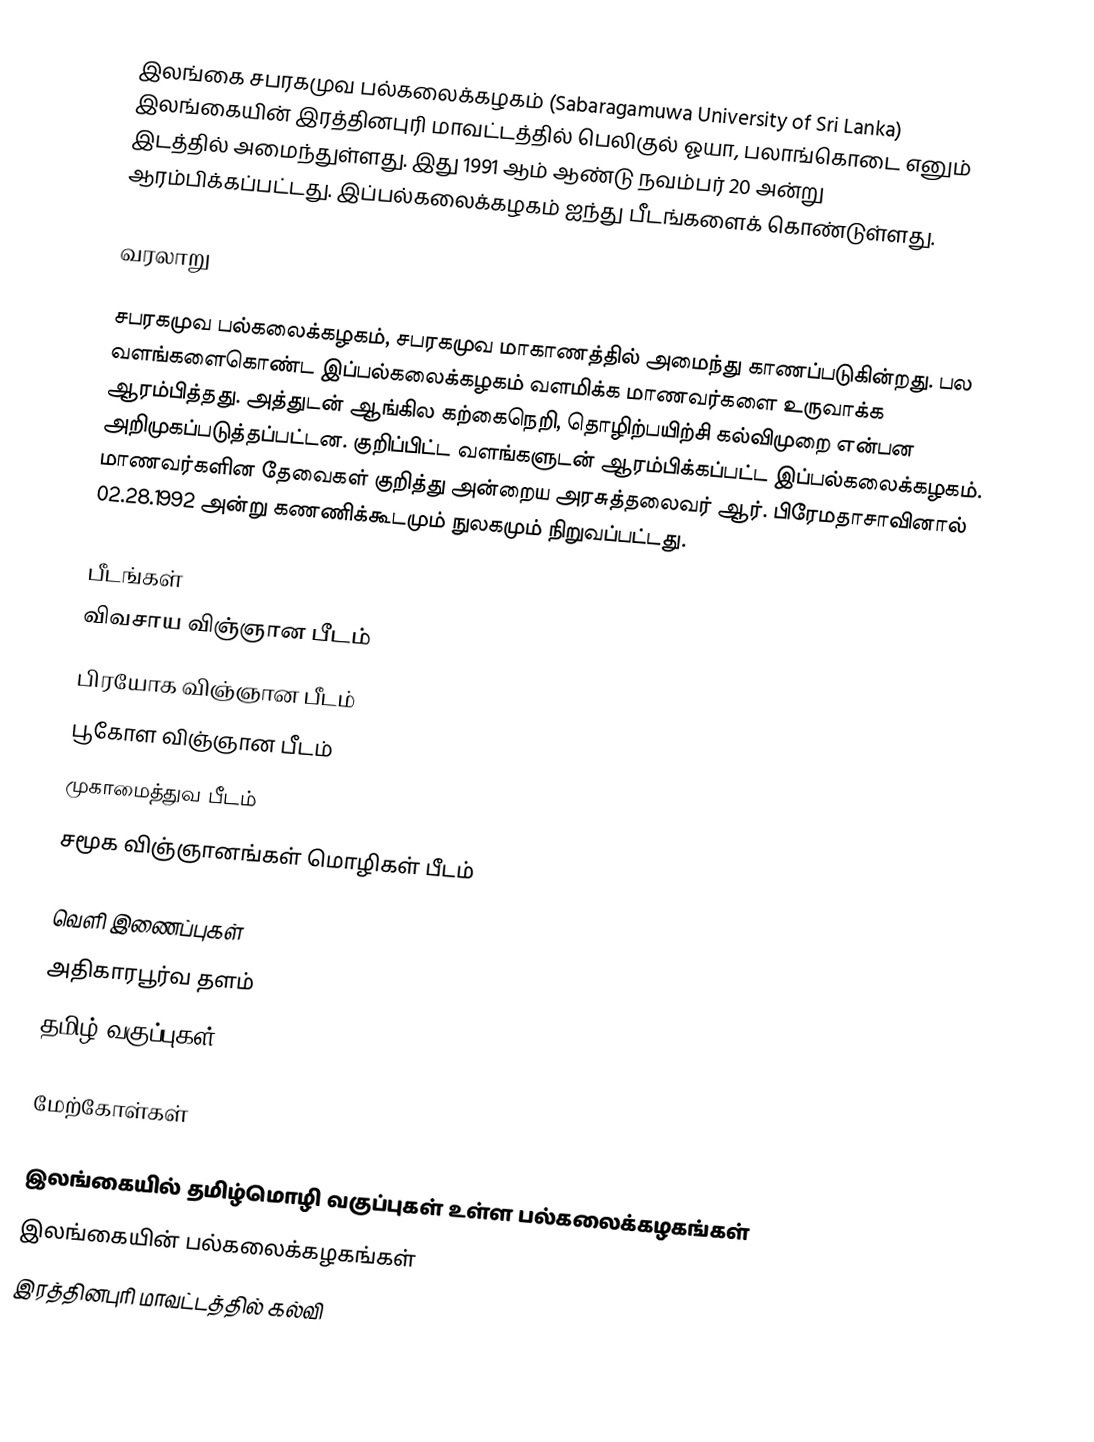
இலங்கை சபரகமுவ பல்கலைக்கழகம் (Sabaragamuwa University of Sri Lanka) இலங்கையின் இரத்தினபுரி மாவட்டத்தில் பெலிகுல் ஓயா, பலாங்கொடை எனும் இடத்தில் அமைந்துள்ளது. இது 1991 ஆம் ஆண்டு நவம்பர் 20 அன்று ஆரம்பிக்கப்பட்டது. இப்பல்கலைக்கழகம் ஐந்து பீடங்களைக் கொண்டுள்ளது.

வரலாறு

சபரகமுவ பல்கலைக்கழகம், சபரகமுவ மாகாணத்தில் அமைந்து காணப்படுகின்றது. பல வளங்களைகொண்ட இப்பல்கலைக்கழகம் வளமிக்க மாணவர்களை உருவாக்க ஆரம்பித்தது. அத்துடன் ஆங்கில கற்கைநெறி, தொழிற்பயிற்சி கல்விமுறை என்பன அறிமுகப்படுத்தப்பட்டன. குறிப்பிட்ட வளங்களுடன் ஆரம்பிக்கப்பட்ட இப்பல்கலைக்கழகம். மாணவர்களின தேவைகள் குறித்து அன்றைய அரசுத்தலைவர் ஆர். பிரேமதாசாவினால்  02.28.1992 அன்று கணணிக்கூடமும் நுலகமும் நிறுவப்பட்டது.

பீடங்கள்
விவசாய விஞ்ஞான பீடம்
பிரயோக விஞ்ஞான பீடம்
பூகோள விஞ்ஞான பீடம்
முகாமைத்துவ பீடம்
சமூக விஞ்ஞானங்கள் மொழிகள் பீடம்

வெளி இணைப்புகள்
 அதிகாரபூர்வ தளம்
 தமிழ் வகுப்புகள்

மேற்கோள்கள்

இலங்கையில் தமிழ்மொழி வகுப்புகள் உள்ள பல்கலைக்கழகங்கள்
இலங்கையின் பல்கலைக்கழகங்கள்
இரத்தினபுரி மாவட்டத்தில் கல்வி